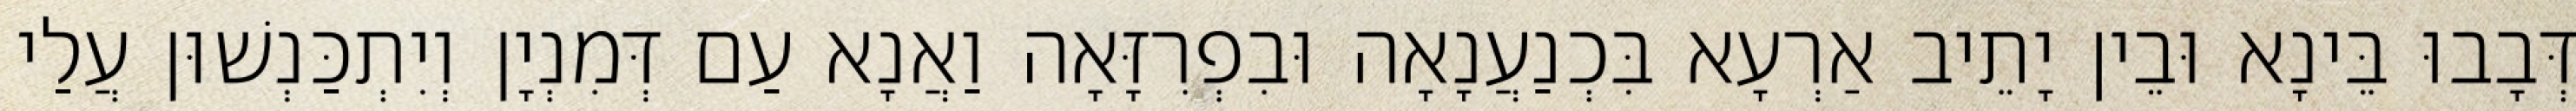
דְּבָבוּ בֵּינָא וּבֵין יָתֵיב אַרְעָא בִּכְנַעֲנָאָה וּבִפְרִזָּאָה וַאֲנָא עַם דְּמִנְיָן וְיִתְכַּנְשׁוּן עֲלַי